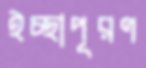
ইচ্ছাপূরণ